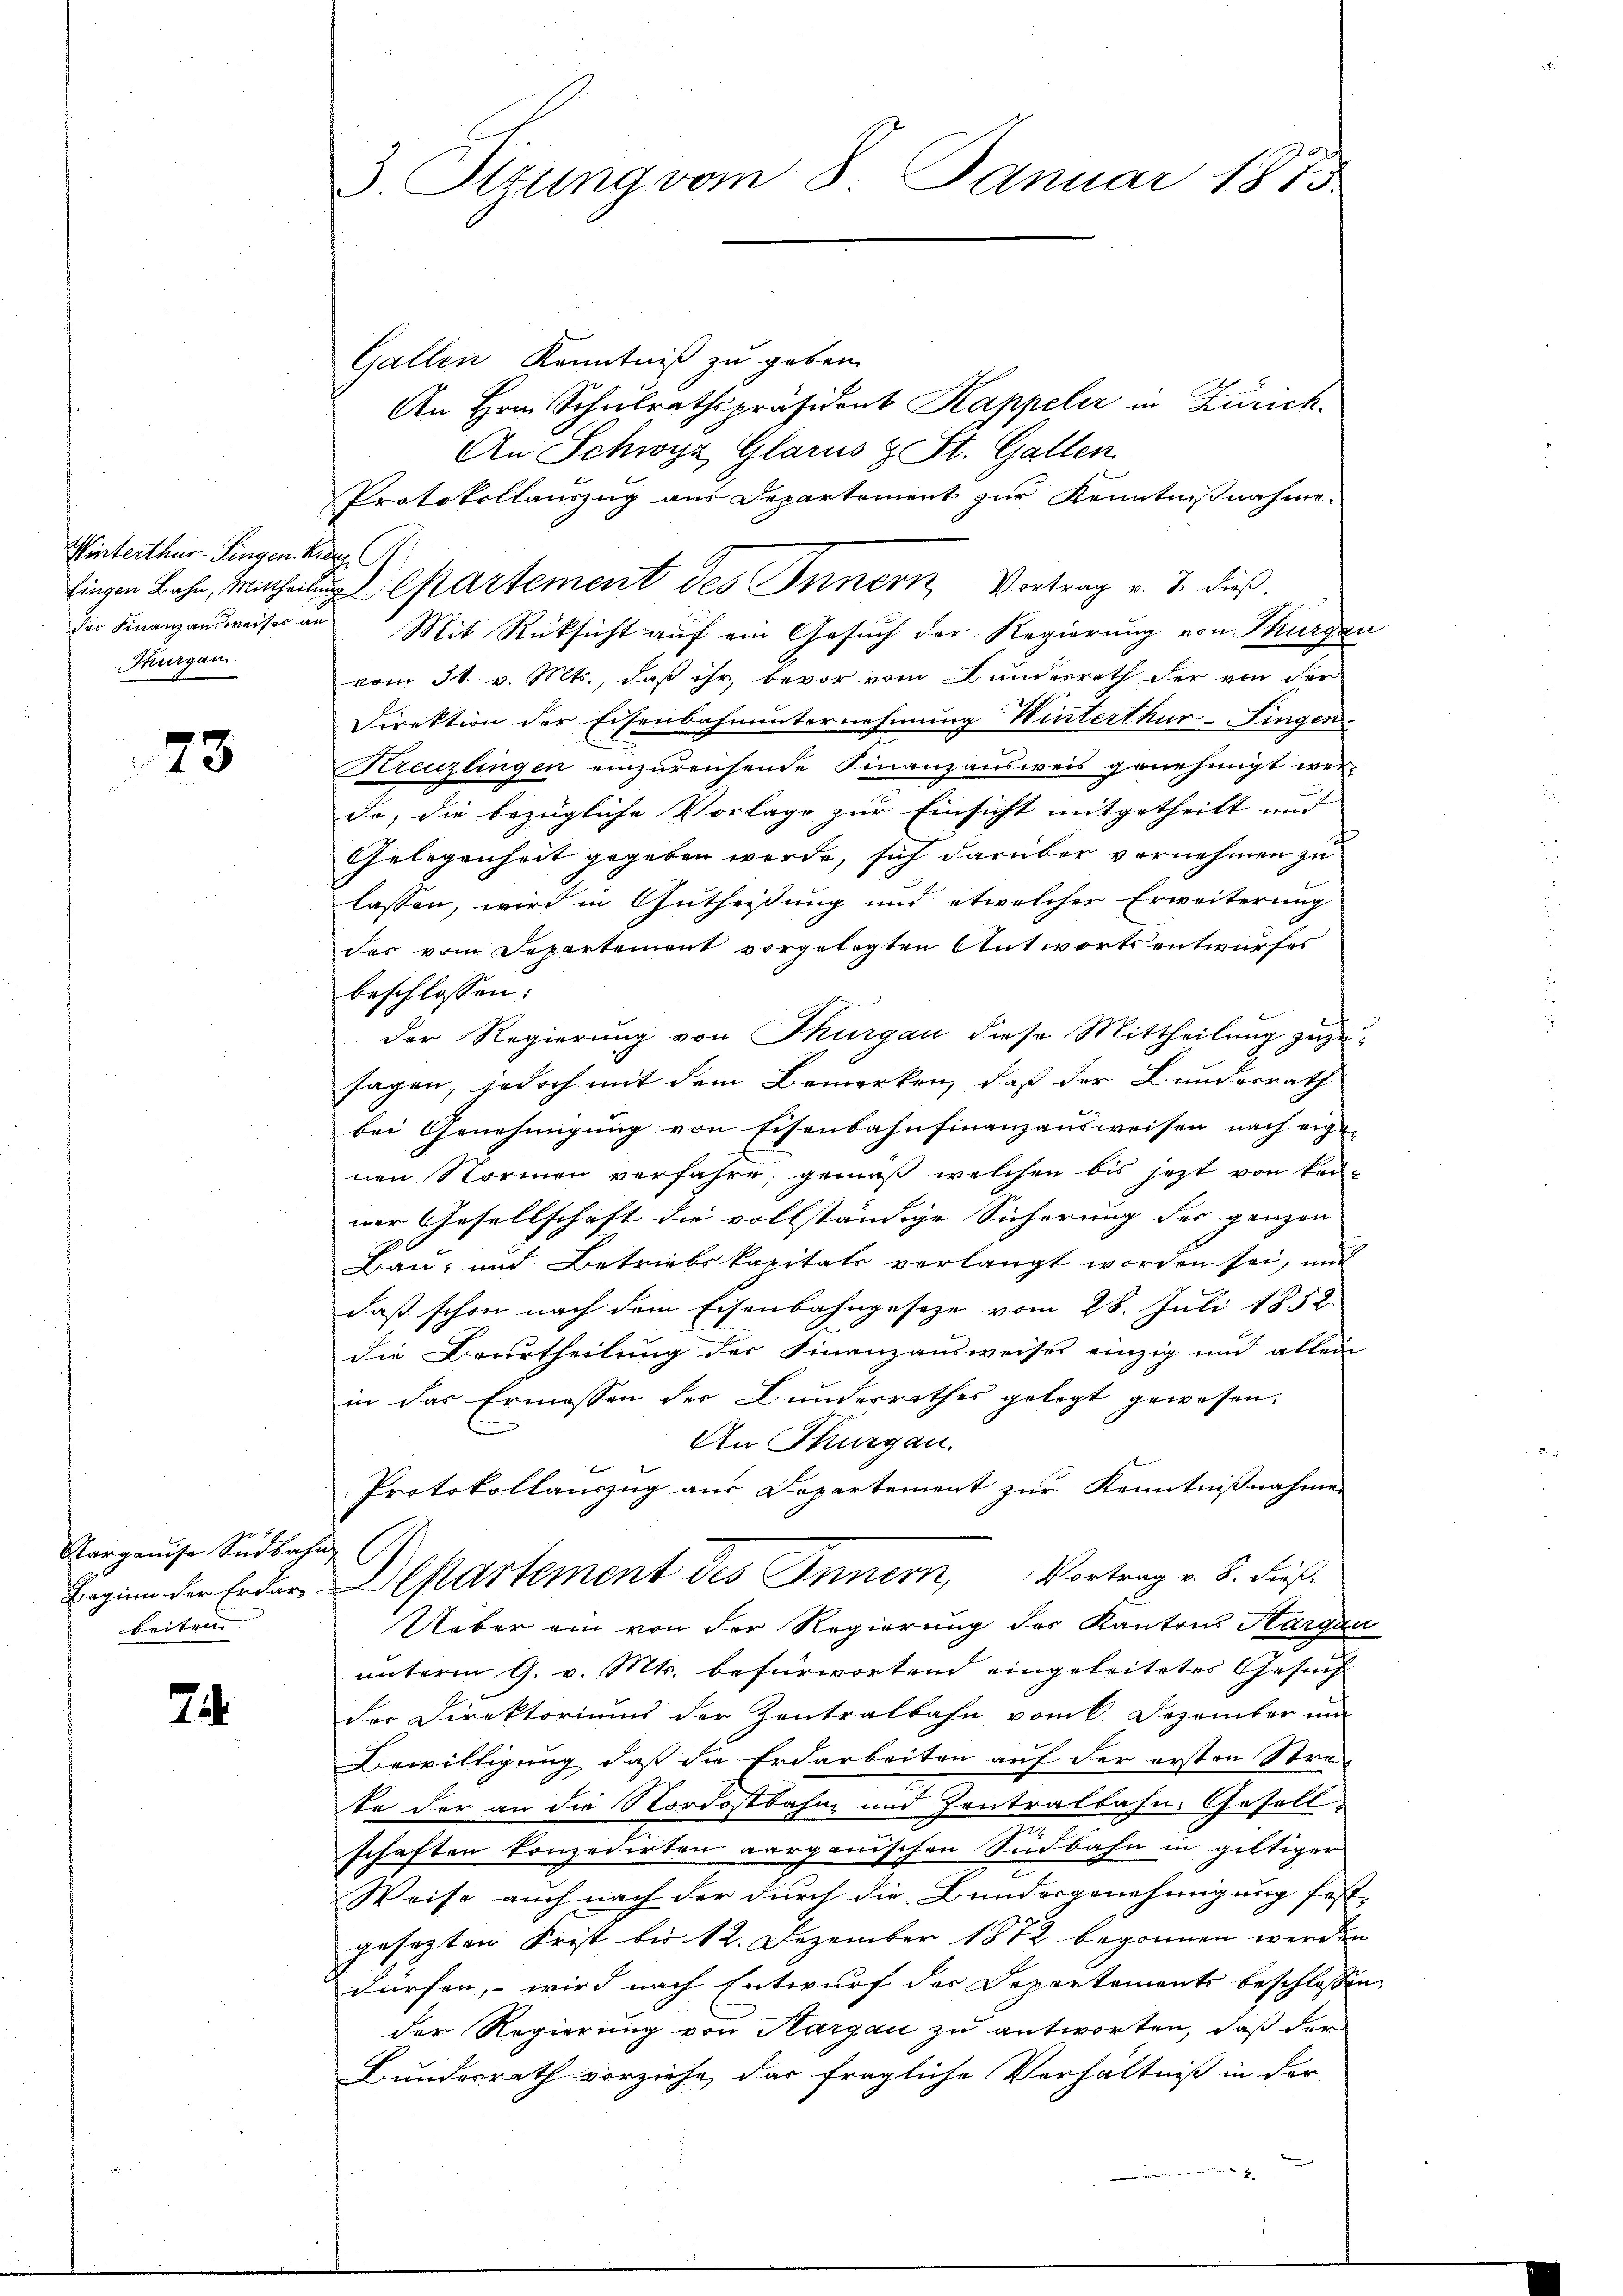
Winterthur–Singen Kreuz
Thurgau

73

Aargauise Südbahn,
beiten

74

3. Stung vom 8. Januar 1875.

Gallen Kenntniß zu geben.
An Hrn. Schulrathspräsident Kappeler in Zürich.
An Schwyz, Glarus & St. Gallen
Protokollauszug aus Departement zŭr Kenntnißnahme.
lingen Bahn, Mittheilung partement des Innern, Vortrag v. J. dieß.
der Finanzansweises an Mit Rücksicht auf ein Gesŭch der Regierung von Thurger
vom 31. v. Mts., daß ihr, bevor vom Bundesrath der von der
Direktion der Eisenbahnunternehmung Winterthur-Fingen.
Kreuzlingen einzureichende Finanzausweis genehmigt werde, die bezügliche Vorlage zur Einsicht mitgetheilt und
Gelegenheit gegeben werde, sich darüber vornehmen zu
lassen, wird in Gutheißung und etwelcher Erweiterung
des vom Departement vorgelegten Antwortsentwurfes
beschlossen:
Der Regierung von Thurgau diese Mittheilung zuzusagen, jedoch mit dem Bemerken, daß der Bundesrath
bei Genehmigung von Eisenbahnfinanzausweisen nach eigenen Normen verfahre; gemäß welchen bis jetzt von keiner Gesellschaft die vollständige Sicherung des ganzen
Bau- und Betriebskapitals verlangt worden sei, und
daß schon nach dem Eisenbahngesetze vom 28. Juli 1852
die Beurtheilung der Finanzausweises einzig und allein
in das Ermessen der Bundesrathes gelegt gewesen.
An Thurgau.
g
Protokollauszug aus Departement zur Kenntnißnahmen
Beginn der Erdar Departement des Innern, Vortrag v. 8. dieß.
Ueber ein von der Regierung des Kantons Sargau
unterm 9. v. Mts. befürwortend eingeleitetes Gesuch
der Direktoriums der Zentralbahn vom k. Dezember um
Bewilligung daß die Erdarbeiten auf der ersten Stra-
te der an die Nordostbahn und Zentralbahn-Gesell-
schaften konzedirten aargauischen Südbahn in giltiger
Weise auch nach der durch die Bundergenehmigung festgesezten Frist bis 12. Dezember 1872 begonnen werden
dürfen, wird nach Entwurf der Departements beschlosse
der Regierung von Hargau zu antworten, daß der
Bundesrath vorziehe, das fragliche Verhältniß in der